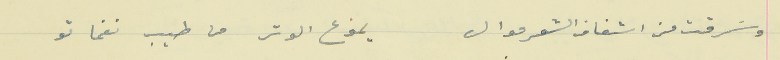
وسَرقت من اشفار الشعر موال                            يموع الوتر من طيب نغماتو